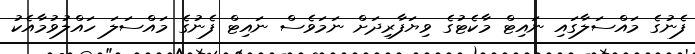
ފެނުގެ މައްސަލާގައި ނައިޓް މާކެޓުގެ ވިޔަފާރިދަށް ނަމަވެސް ނައިޓް ފެނުގެ މައްސަލަ ހައްލުވުމާއެކު